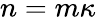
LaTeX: n=m\kappa